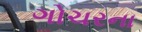
ગોચરના